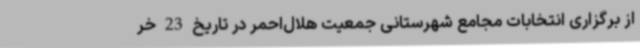
از برگزاری انتخابات مجامع شهرستانی جمعیت هلال‌احمر در تاریخ 23 خر